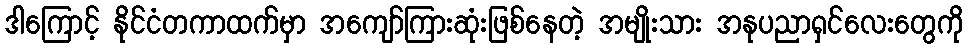
ဒါကြောင့် နိုင်ငံတကာထက်မှာ အကျော်ကြားဆုံးဖြစ်နေတဲ့ အမျိုးသား အနုပညာရှင်လေးတွေကို